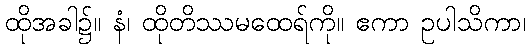
ထိုအခါ၌။ နံ၊ ထိုတိဿမထေရ်ကို။ ဧကာ ဥပါသိကာ၊